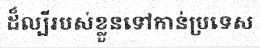
ដ៏ល្បីរបស់ខ្លួនទៅកាន់ប្រទេស